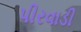
પીરવાડી